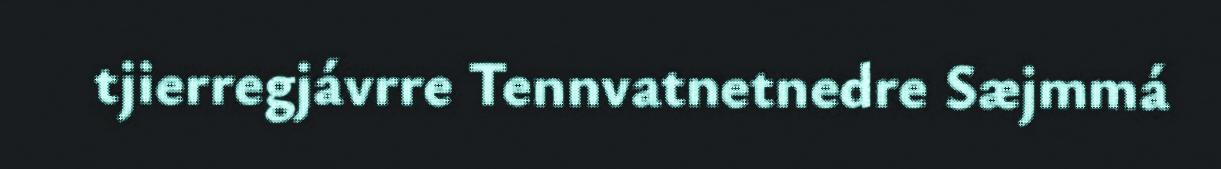
tjierregjávrre Tennvatnetnedre Sæjmmá